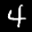
Label: 4